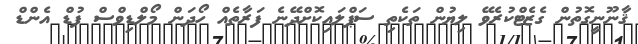
ޤާނޫނީގޮތުން ގެޒެޓްކުރެވޭ ލިޔުން ތަކެތި ސަޕްލައިކޮށްދޭނެ ފަރާތެއް ހޯދަން މޯލްޑިވްސް ފުޑް އެންޑް